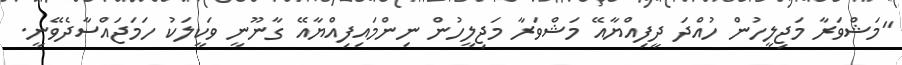
"މަޝްވަރާ މަޖިލީހުން ހުއްދަ ދީފިއްޔާއޭ މަޝްވަރާ މަޖިލީހުން ނިންމައިފިއްޔާއޭ ގާނޫނީ ވަކީލަކު ހަމަޖައްސާދެވޭނީ.